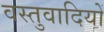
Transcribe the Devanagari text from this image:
वस्तुवादियों